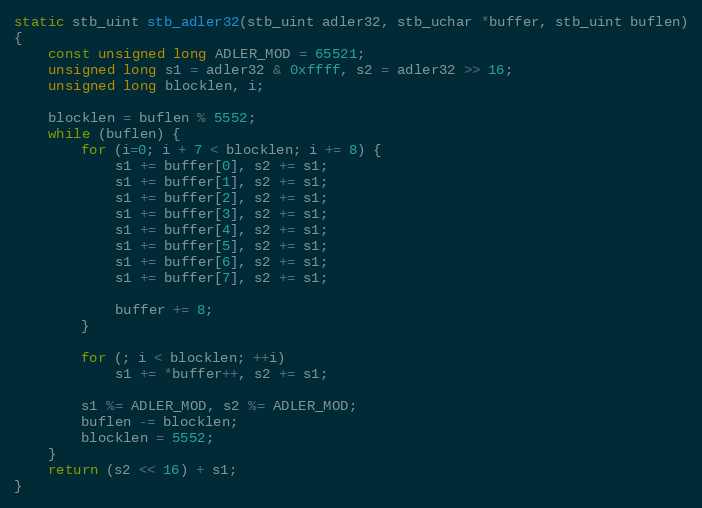
Language: C++
static stb_uint stb_adler32(stb_uint adler32, stb_uchar *buffer, stb_uint buflen)
{
    const unsigned long ADLER_MOD = 65521;
    unsigned long s1 = adler32 & 0xffff, s2 = adler32 >> 16;
    unsigned long blocklen, i;

    blocklen = buflen % 5552;
    while (buflen) {
        for (i=0; i + 7 < blocklen; i += 8) {
            s1 += buffer[0], s2 += s1;
            s1 += buffer[1], s2 += s1;
            s1 += buffer[2], s2 += s1;
            s1 += buffer[3], s2 += s1;
            s1 += buffer[4], s2 += s1;
            s1 += buffer[5], s2 += s1;
            s1 += buffer[6], s2 += s1;
            s1 += buffer[7], s2 += s1;

            buffer += 8;
        }

        for (; i < blocklen; ++i)
            s1 += *buffer++, s2 += s1;

        s1 %= ADLER_MOD, s2 %= ADLER_MOD;
        buflen -= blocklen;
        blocklen = 5552;
    }
    return (s2 << 16) + s1;
}